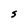
Character: S